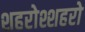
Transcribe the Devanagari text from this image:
शहरोश्शहरो